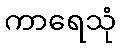
ကာရေသုံ